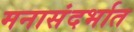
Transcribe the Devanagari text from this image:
मनासंदर्भात